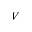
V